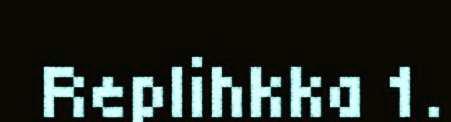
Replihkka 1.